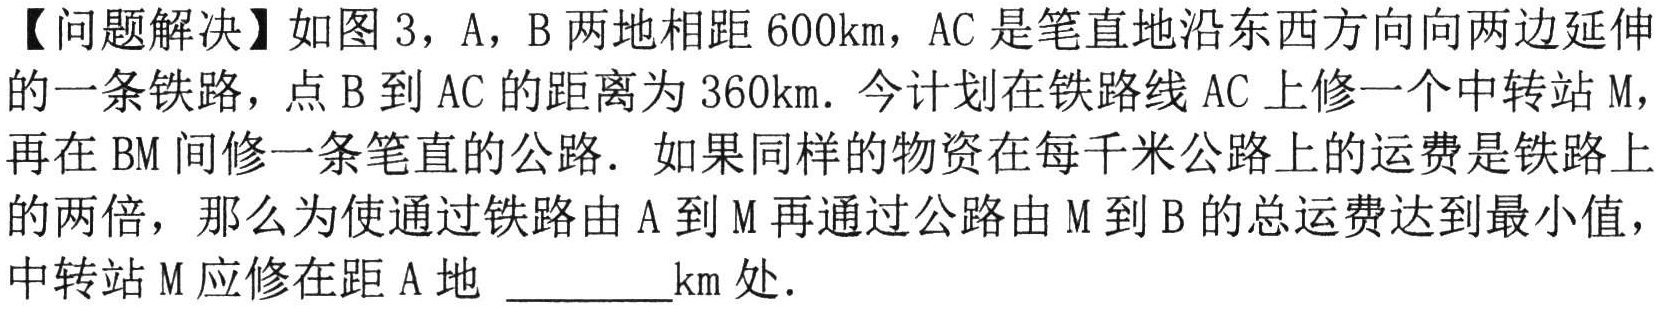
【问题解决】如图 3，A，B 两地相距 \(600\text{km}\)，AC 是笔直地沿东西方向向两边延伸的一条铁路，点 B 到 AC 的距离为 \(360\text{km}\)．今计划在铁路线 AC 上修一个中转站 M，再在 BM 间修一条笔直的公路．如果同样的物资在每千米公路上的运费是铁路上的两倍，那么为使通过铁路由 A 到 M 再通过公路由 M 到 B 的总运费达到最小值，中转站 M 应修在距 A 地 _________km 处．